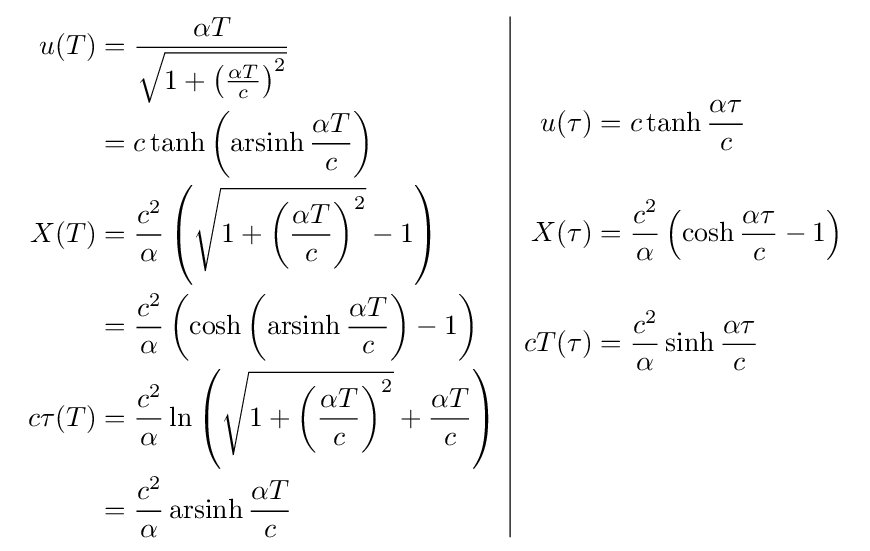
{\begin{array}{c|c}{\begin{aligned}u(T)&={\frac {\alpha T}{\sqrt {1+\left({\frac {\alpha T}{c}}\right)^{2}}}}\\&=c\tanh \left(\operatorname {arsinh} {\frac {\alpha T}{c}}\right)\\X(T)&={\frac {c^{2}}{\alpha }}\left({\sqrt {1+\left({\frac {\alpha T}{c}}\right)^{2}}}-1\right)\\&={\frac {c^{2}}{\alpha }}\left(\cosh \left(\operatorname {arsinh} {\frac {\alpha T}{c}}\right)-1\right)\\c\tau (T)&={\frac {c^{2}}{\alpha }}\ln \left({\sqrt {1+\left({\frac {\alpha T}{c}}\right)^{2}}}+{\frac {\alpha T}{c}}\right)\\&={\frac {c^{2}}{\alpha }}\operatorname {arsinh} {\frac {\alpha T}{c}}\end{aligned}}&{\begin{aligned}u(\tau )&=c\tanh {\frac {\alpha \tau }{c}}\\\\X(\tau )&={\frac {c^{2}}{\alpha }}\left(\cosh {\frac {\alpha \tau }{c}}-1\right)\\\\cT(\tau )&={\frac {c^{2}}{\alpha }}\sinh {\frac {\alpha \tau }{c}}\\\\\\\end{aligned}}\end{array}}